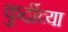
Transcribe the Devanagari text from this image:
कुर्दीच्या